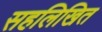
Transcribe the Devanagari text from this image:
सहलिखित